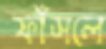
ফাঁসলে